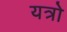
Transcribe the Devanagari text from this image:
यत्रो